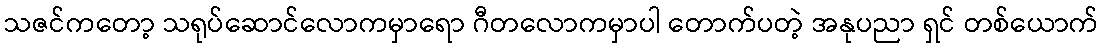
သဇင်ကတော့ သရုပ်ဆောင်လောကမှာရော ဂီတလောကမှာပါ တောက်ပတဲ့ အနုပညာ ရှင် တစ်ယောက်